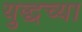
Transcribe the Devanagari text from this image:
युद्धच्या